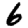
Digit: 6